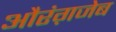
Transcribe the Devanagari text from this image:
औरंग़जेब